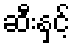
ဆီးနှင့်